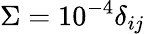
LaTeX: \Sigma=10^{-4}\delta_{ij}